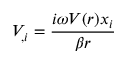
V _ { , i } = \frac { i \omega V ( r ) x _ { i } } { \beta r }